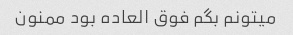
میتونم بگم فوق العاده بود ممنون